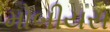
મોબીયસ